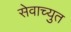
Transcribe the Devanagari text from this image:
सेवाच्युत